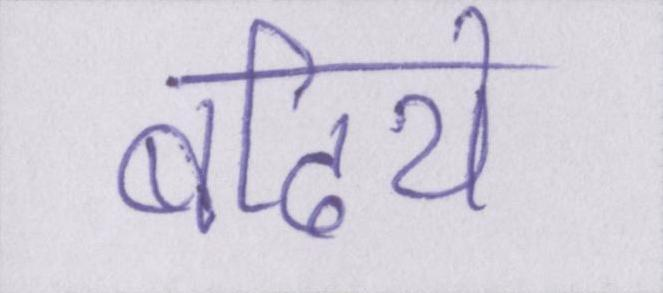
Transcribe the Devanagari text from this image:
बढिये